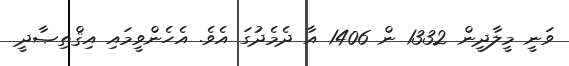
ވަނީ މީލާދީން 1332 ން 1406 އާ ދެމެދުގަ އެވެ. އެހެންވީމައި އިޤްތިޞާދީ